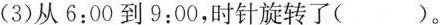
(3)从6:00到9:00，时针旋转了( )。